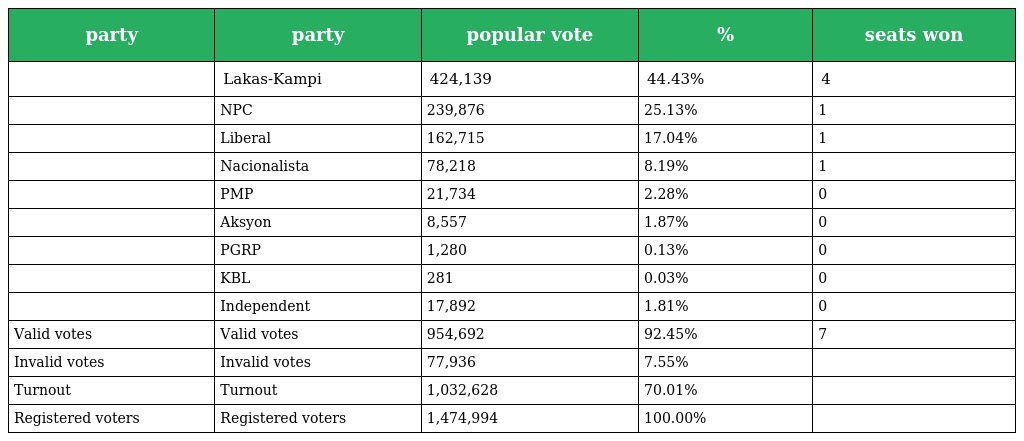
| party | party | popular vote | % | seats won |
 | --- | --- | --- | --- | --- |
 |  | Lakas-Kampi | 424,139 | 44.43% | 4 |
 |  | NPC | 239,876 | 25.13% | 1 |
 |  | Liberal | 162,715 | 17.04% | 1 |
 |  | Nacionalista | 78,218 | 8.19% | 1 |
 |  | PMP | 21,734 | 2.28% | 0 |
 |  | Aksyon | 8,557 | 1.87% | 0 |
 |  | PGRP | 1,280 | 0.13% | 0 |
 |  | KBL | 281 | 0.03% | 0 |
 |  | Independent | 17,892 | 1.81% | 0 |
 | Valid votes | Valid votes | 954,692 | 92.45% | 7 |
 | Invalid votes | Invalid votes | 77,936 | 7.55% |  |
 | Turnout | Turnout | 1,032,628 | 70.01% |  |
 | Registered voters | Registered voters | 1,474,994 | 100.00% |  |